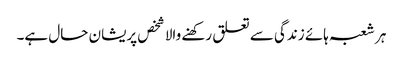
ہر شعبہ ہائے زندگی سے تعلق رکھنے والا شخص پریشان حال ہے۔